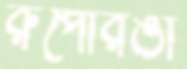
রুপোরঙা